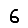
Digit: 6